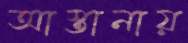
আস্তানায়